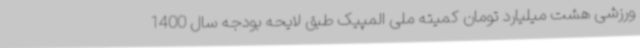
ورزشی هشت میلیارد تومان کمیته ملی المپیک طبق لایحه بودجه سال 1400